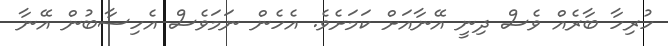
ހުރިހާ ބާރެއް ވެސް ދިނީ އޭނާއަށް ކަމަށެވެ. އެހެން ނަމަވެސް އެހިސާބުން އޭނާ